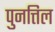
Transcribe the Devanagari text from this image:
पुनत्तिल